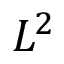
L ^ { 2 }